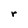
Character: r